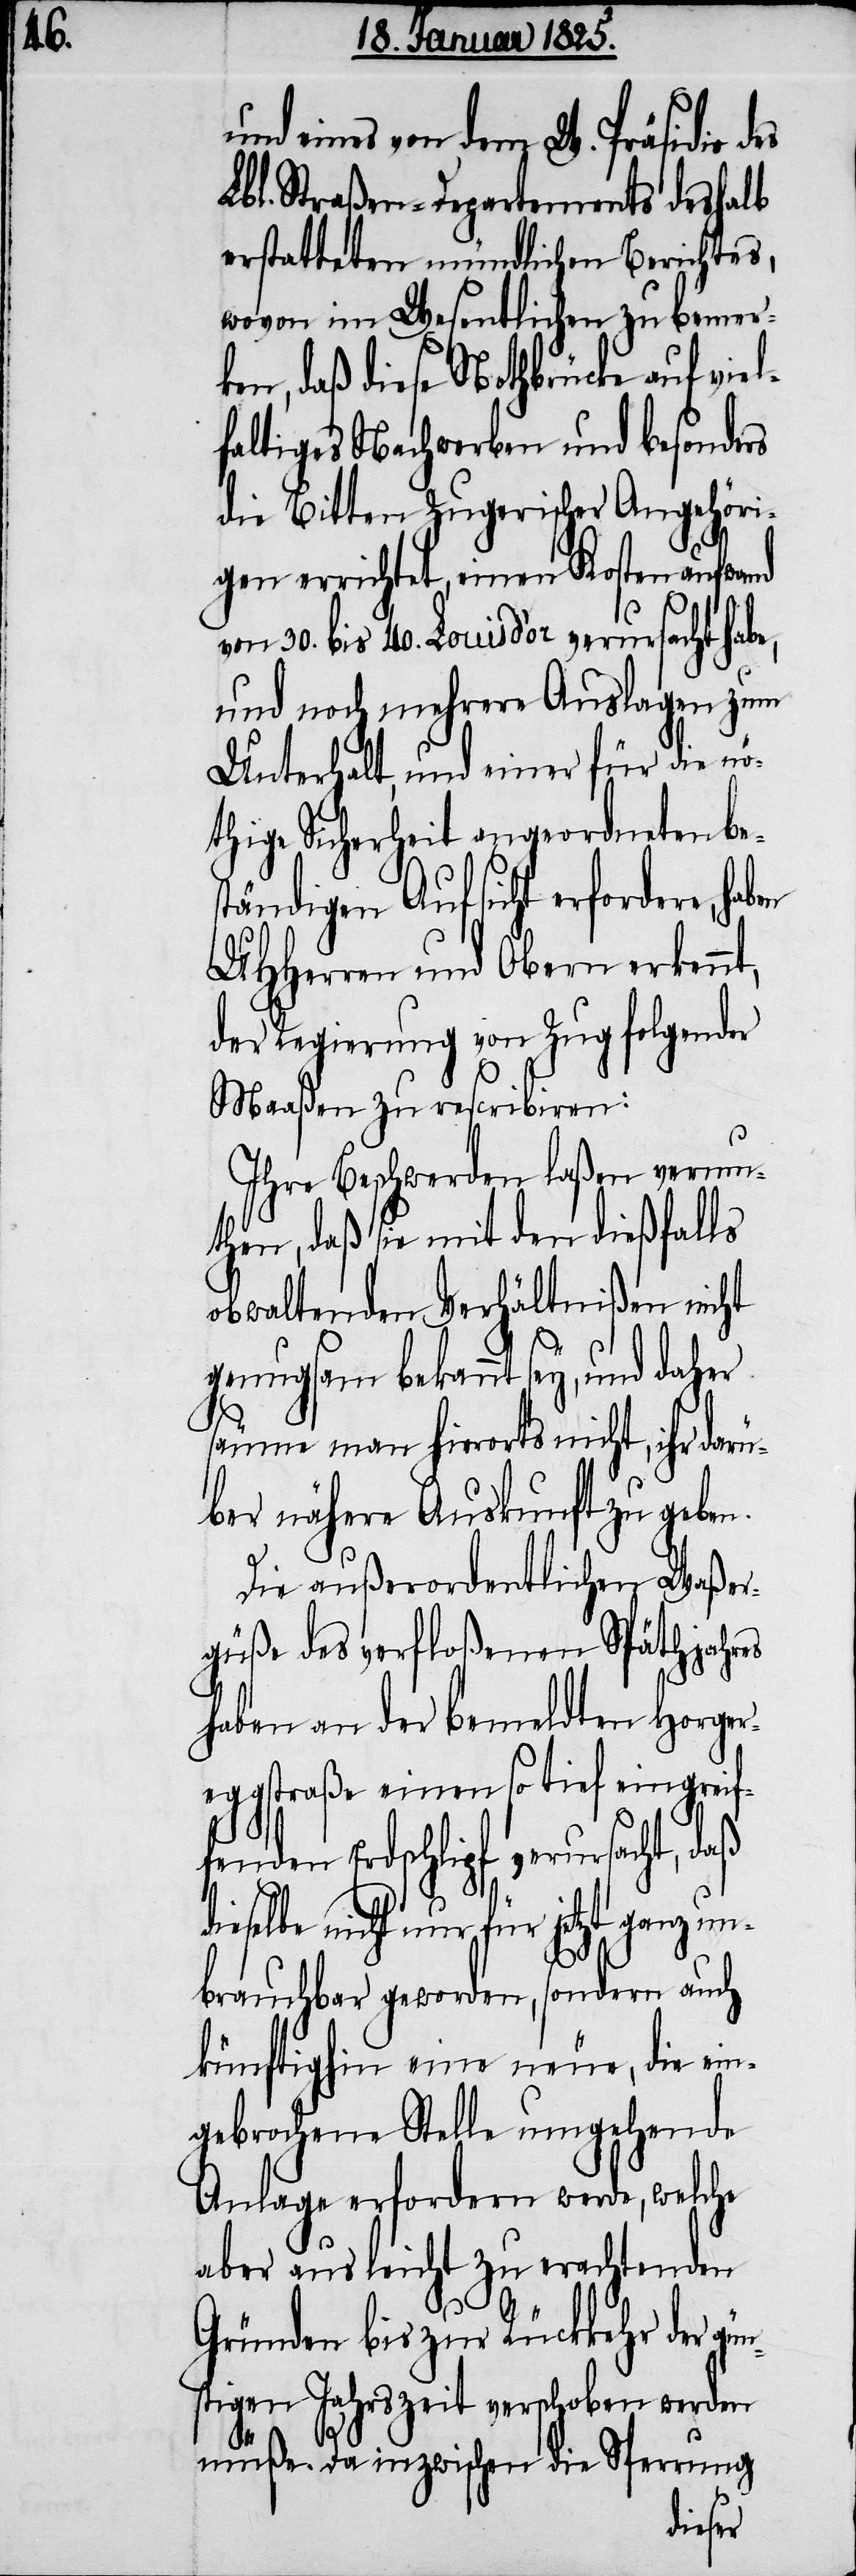
eines von dem W. Präsidio des
Lbl. Straßen-Departements deshalb
erstatteten mündlichen Berichtes,
wovon im Wesentlichen zu bemer¬
ken, daß diese Nothbrücke auf viel¬
faltiges Nachwerben und besonders
die Bitten Zugerischer Angehöri¬
ger errichtet, einen Kostenaufwand
gün¬
von 30. bis 40. Louis d’or verursacht habe,
und noch mehrere Auslagen zum
Unterhalt, und einer für die nö¬
thige Sicherheit angeordneten bes¬
tändigen Aufsicht erfordere,
UHHerren und Obern erkennt,
der Regierung von Zug folgender
Maaßen zu rescribiren:
Ihre Beschwerden laßen vermu¬
then, daß sie mit den dießfalls
obwaltenden Verhältnißen nicht
genugsam bekannt sey, und daher
säume man hierorts nicht, ihr darü¬
ber nähere Auskunft zu geben.
Die außerordentlichen Waßer¬
güße des verfloßenen Späthjahres
haben an der bemeldten Horger¬
eggstraße einen so tief eingreif¬
enden Erdschlipf verursacht, d¬
ieselbe nicht nur für jetzt ganz un¬
brauchbar geworden, sondern auch
künftighin eine neue, die ein¬
gebrochene Stelle umgehende
Anlage erfordern werde, welche
aber aus leicht zu erachtenden
Gründen bis zur Rückkehr der
stigen Jahreszeit verschoben werden
müße. Da in¬
zwischen die